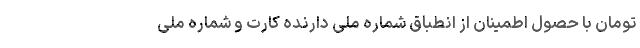
تومان با حصول اطمینان از انطباق شماره ملی دارنده کارت و شماره ملی